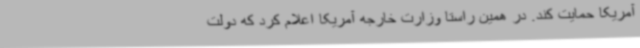
آمریکا حمایت کند. در همین راستا وزارت خارجه آمریکا اعلام کرد که دولت